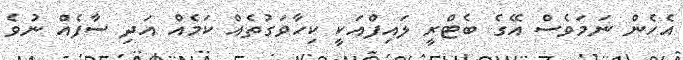
އެހެން ނަމަވެސް އޭގެ ބެޓްރީ ލައިފްއަކީ ކިހާވަގުތެއް ކަމެއް އަދި ސާފެއް ނުވެ